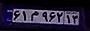
۶۱م۹۶۲۱۳